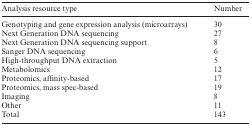
<table><thead><tr><td><b>Analysis resource type</b></td><td><b>Number</b></td></tr></thead><tbody><tr><td>Genotyping and gene expression analysis (microarrays)</td><td>30</td></tr><tr><td>Next Generation DNA sequencing</td><td>27</td></tr><tr><td>Next Generation DNA sequencing support</td><td>8</td></tr><tr><td>Sanger DNA sequencing</td><td>6</td></tr><tr><td>High-throughput DNA extraction</td><td>5</td></tr><tr><td>Metabolomics</td><td>12</td></tr><tr><td>Proteomics, affinity-based</td><td>17</td></tr><tr><td>Proteomics, mass spec-based</td><td>19</td></tr><tr><td>Imaging</td><td>8</td></tr><tr><td>Other</td><td>11</td></tr><tr><td>Total</td><td>143</td></tr></tbody></table>